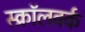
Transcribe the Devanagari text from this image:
स्क्रॉलवर्क